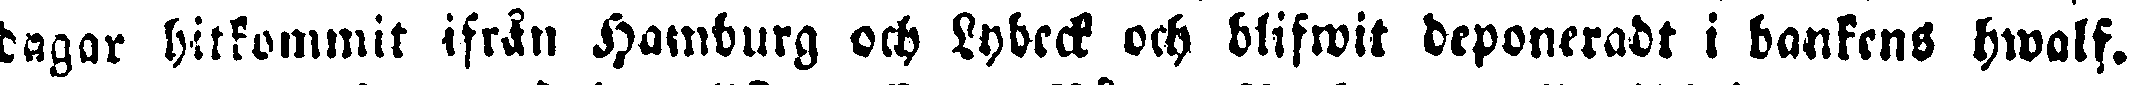
dagar hitkommit ifrån Hamburg och Lybeck och blifwit deponeradt i bankens hwalf.